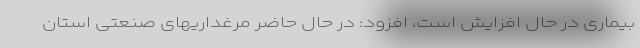
بیماری در حال افزایش است، افزود: در حال حاضر مرغداریهای صنعتی استان